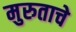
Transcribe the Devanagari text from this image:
मुरुताचे